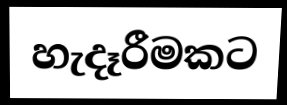
හැදෑරීමකට